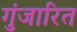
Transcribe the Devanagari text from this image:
गुंजारित